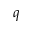
q